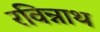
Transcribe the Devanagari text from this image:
रविन्नाथ